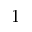
1